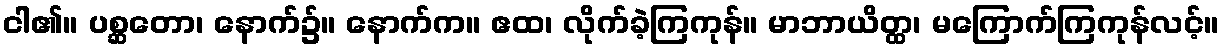
ငါ၏။ ပစ္ဆတော၊ နောက်၌။ နောက်က။ ဧထ၊ လိုက်ခဲ့ကြကုန်။ မာဘာယိတ္ထ၊ မကြောက်ကြကုန်လင့်။